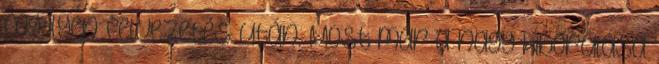
fog ilyen felvezetés után. Most már a nagy kiborulása